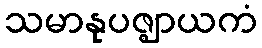
သမာနုပဇ္ဈာယကံ